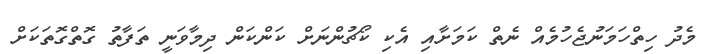
މެދު ހިތްހަމަނުޖެހުމެއް ނެތް ކަމަށާއި އެކި ކޯޗުންނަށް ކަންކަން ދިމާވަނީ ތަފާތު ގޮތްގޮތަކަށް